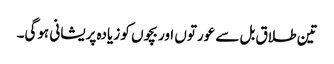
تین طلاق بل سے عورتوں اور بچوں کو زیادہ پریشانی ہوگی۔